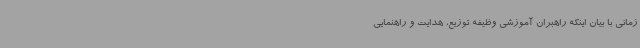
زمانی با بیان اینکه راهبران آموزشی وظیفه توزیع، هدایت و راهنمایی